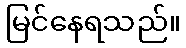
မြင်နေရသည်။